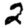
Digit: 2